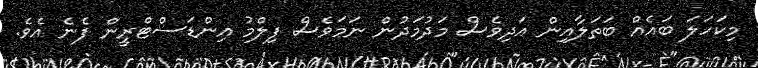
މިކަހަލަ ބައެއް ބަތަލާއިން އަދިވެސް މަދުމަދުން ނަމަވެސް ފިލްމު އިންޑަސްޓްރީން ފެނެ އެވެ.